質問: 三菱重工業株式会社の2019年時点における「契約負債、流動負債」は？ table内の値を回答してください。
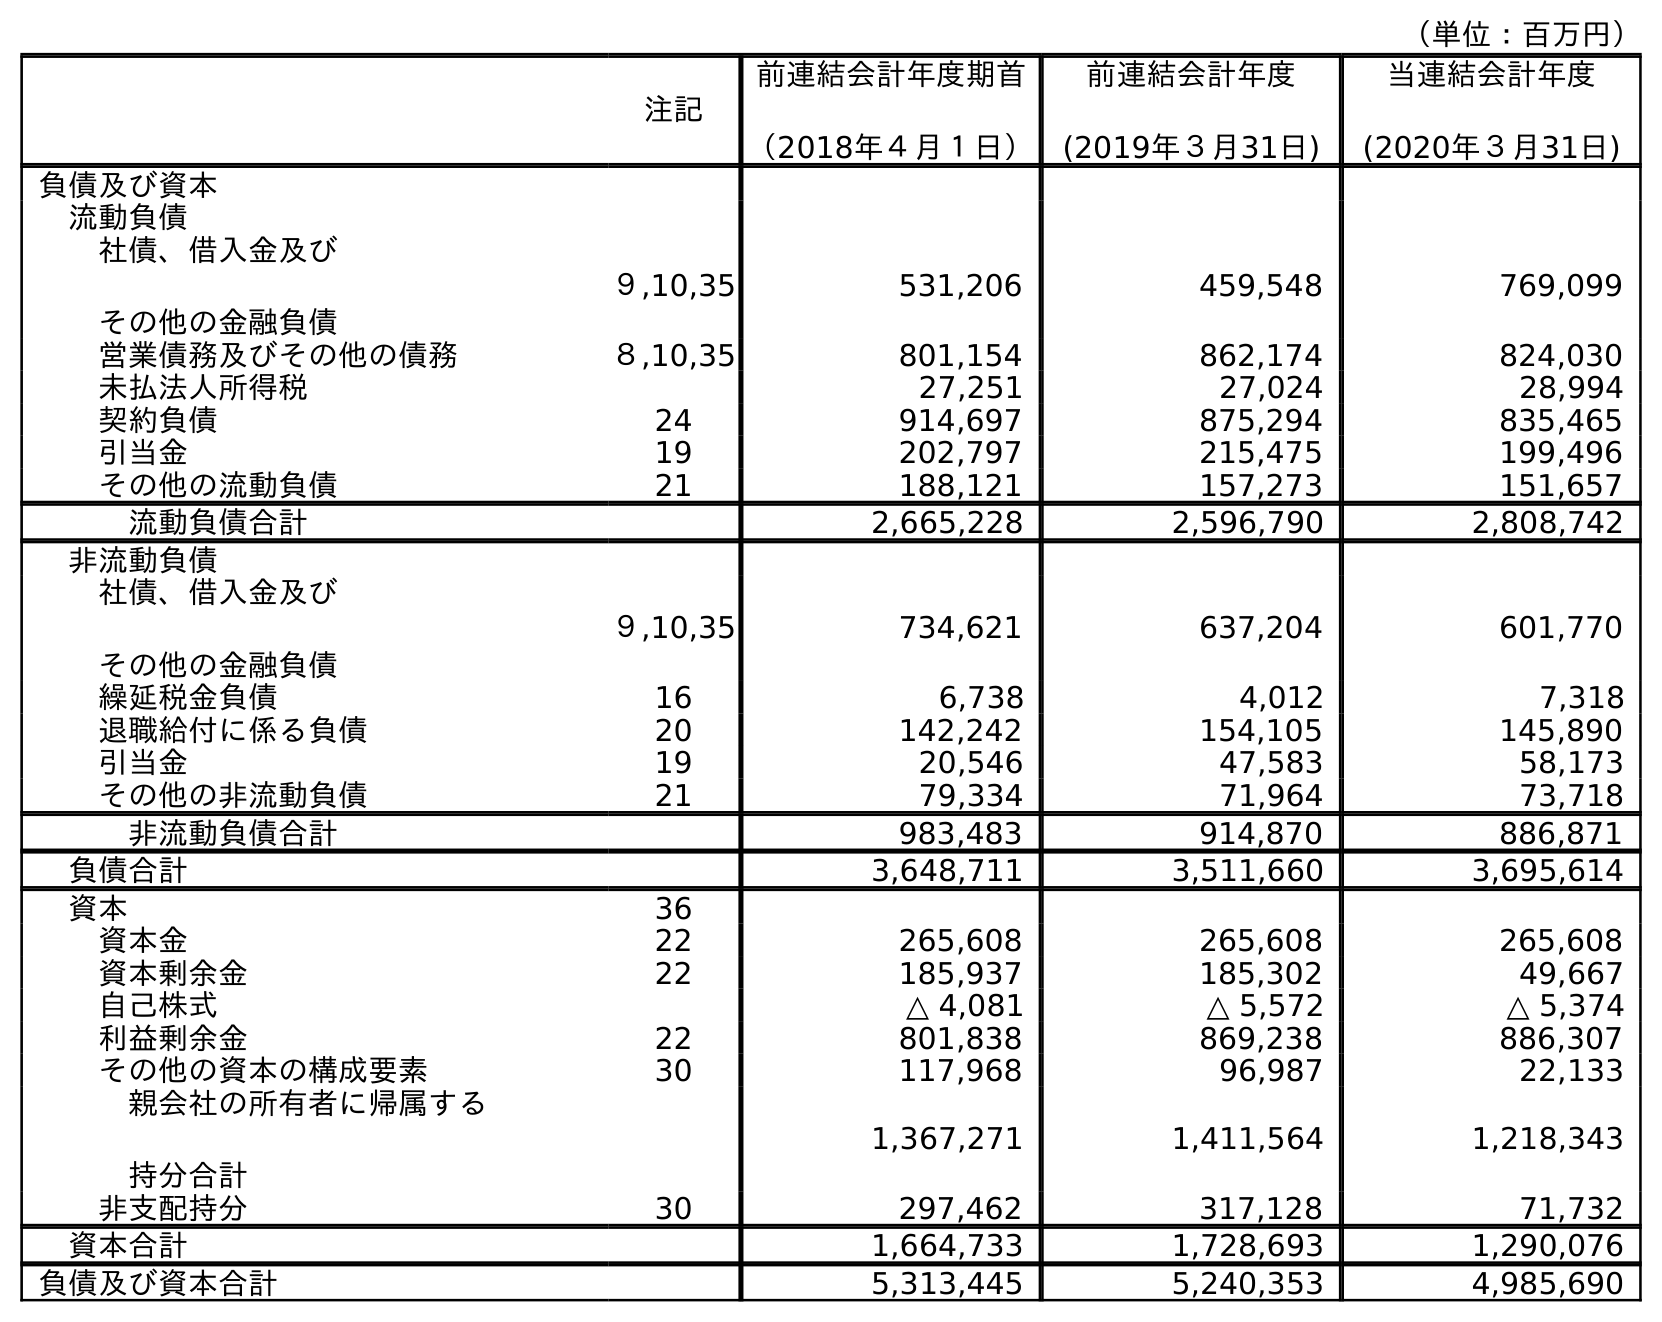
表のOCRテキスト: （単位：百万円） 注記 前連結会計年度期首 （2018年４月１日） 前連結会計年度 (2019年３月31日) 当連結会計年度 (2020年３月31日) 負債及び資本 流動負債 社債、借入金及び その他の金融負債 ９,10,35 531,206 459,548 769,099 営業債務及びその他の債務 ８,10,35 801,154 862,174 824,030 未払法人所得税 27,251 27,024 28,994 契約負債 24 914,697 875,294 835,465 引当金 19 202,797 215,475 199,496 その他の流動負債 21 188,121 157,273 151,657 流動負債合計 2,665,228 2,596,790 2,808,742 非流動負債 社債、借入金及び その他の金融負債 ９,10,35 734,621 637,204 601,770 繰延税金負債 16 6,738 4,012 7,318 退職給付に係る負債 20 142,242 154,105 145,890 引当金 19 20,546 47,583 58,173 その他の非流動負債 21 79,334 71,964 73,718 非流動負債合計 983,483 914,870 886,871 負債合計 3,648,711 3,511,660 3,695,614 資本 36 資本金 22 265,608 265,608 265,608 資本剰余金 22 185,937 185,302 49,667 自己株式 △ 4,081 △ 5,572 △ 5,374 利益剰余金 22 801,838 869,238 886,307 その他の資本の構成要素 30 117,968 96,987 22,133 親会社の所有者に帰属する 持分合計 1,367,271 1,411,564 1,218,343 非支配持分 30 297,462 317,128 71,732 資本合計 1,664,733 1,728,693 1,290,076 負債及び資本合計 5,313,445 5,240,353 4,985,690
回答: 875,294